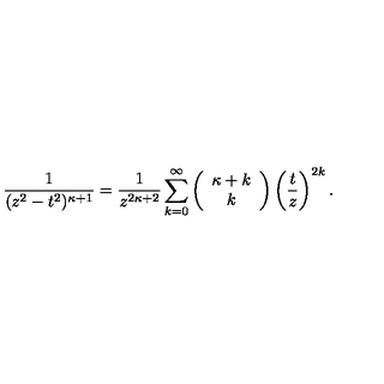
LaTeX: \frac { 1 } { ( z ^ { 2 } - t ^ { 2 } ) ^ { \kappa + 1 } } = \frac { 1 } { z ^ { 2 \kappa + 2 } } \sum _ { k = 0 } ^ { \infty } \left( \begin{array} { c } { \kappa + k } \\ { k } \\ \end{array} \right) \left( \frac { t } { z } \right) ^ { 2 k } .